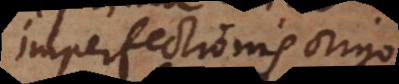
imperfectionis origo